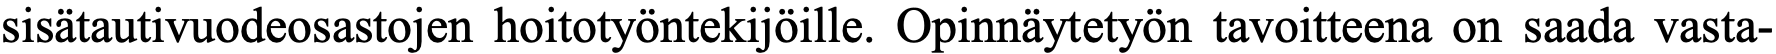
sisätautivuodeosastojen hoitotyöntekijöille. Opinnäytetyön tavoitteena on saada vasta-